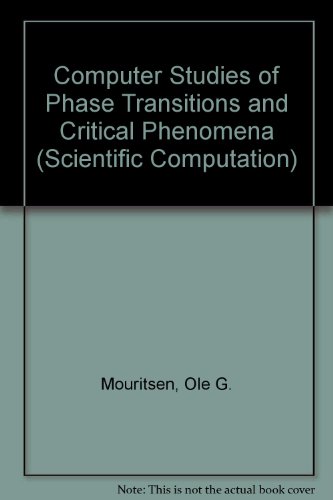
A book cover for Computer Studies of Phase Transitions and Critical Phenomena (Scientific Computation); Ole G. Mouritsen; Science & Math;